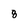
Character: 8